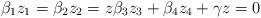
LaTeX: \begin{align*}\beta_1 z_1 = \beta_2 z_2 = z \beta_3 z_3 + \beta_4 z_4 + \gamma z = 0\end{align*}